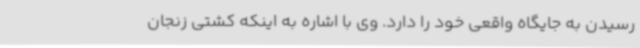
رسیدن به جایگاه واقعی خود را دارد. وی با اشاره به اینکه کشتی زنجان